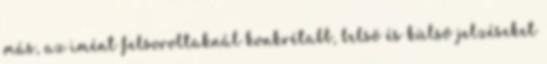
más, az imént felsoroltaknál konkrétabb, belsõ és külsõ jelzéseket